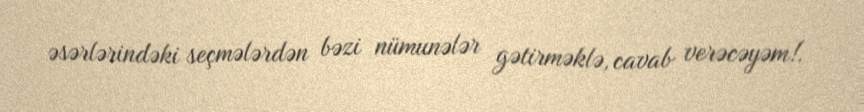
əsərlərindəki seçmələrdən bəzi nümunələr gətirməklə, cavab verəcəyəm!.